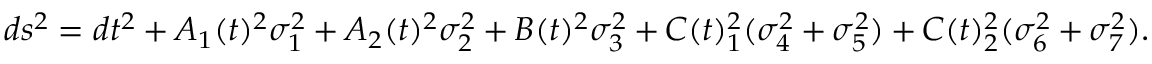
d s ^ { 2 } = d t ^ { 2 } + A _ { 1 } ( t ) ^ { 2 } \sigma _ { 1 } ^ { 2 } + A _ { 2 } ( t ) ^ { 2 } \sigma _ { 2 } ^ { 2 } + B ( t ) ^ { 2 } \sigma _ { 3 } ^ { 2 } + C ( t ) _ { 1 } ^ { 2 } ( \sigma _ { 4 } ^ { 2 } + \sigma _ { 5 } ^ { 2 } ) + C ( t ) _ { 2 } ^ { 2 } ( \sigma _ { 6 } ^ { 2 } + \sigma _ { 7 } ^ { 2 } ) .